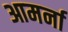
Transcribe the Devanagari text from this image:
आमर्ना